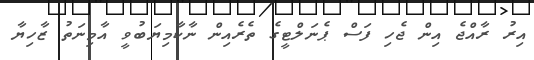
އިރު ރާއްޖެ އިން ޖެހި ފަސް ޕެނަލްޓީގެ ތެރެއިން ނާކާމިޔަބުވީ އާމިނަތު ޒާހިޔާ